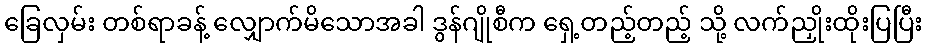
ခြေလှမ်း တစ်ရာခန့် လျှောက်မိသောအခါ ဒွန်ဂျိုစီက ရှေ့တည့်တည့် သို့ လက်ညှိုးထိုးပြပြီး